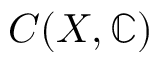
C ( X , \mathbb { C } )